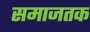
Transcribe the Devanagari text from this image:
समाजतक